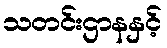
သတင်းဌာနနှင့်